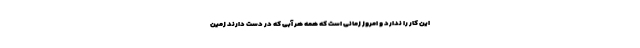
این کار را ندارد و امروز زمانی است که همه هر آبی که در دست دارند زمین